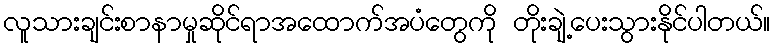
လူသားချင်းစာနာမှုဆိုင်ရာအထောက်အပံတွေကို တိုးချဲ့ပေးသွားနိုင်ပါတယ်။